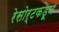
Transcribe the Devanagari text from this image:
रेसोर्टकडून